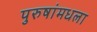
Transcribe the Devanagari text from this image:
पुरुषांमधला